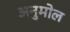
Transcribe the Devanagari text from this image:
अनुमोल